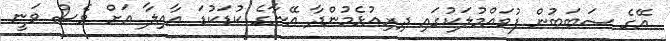
އޭގެ ސަބަބުން ފުވައްމުލަކުގައި ދިރިއުޅެމުންދާ އޭނާގެ ކުޑަކުޑަ އާއިލާ އަށް ވެސް ވަނީ